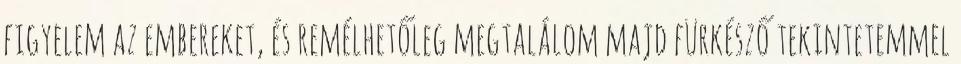
figyelem az embereket, és remélhetőleg megtalálom majd fürkésző tekintetemmel